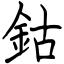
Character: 鈷